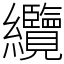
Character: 纜